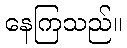
နေကြသည်။